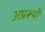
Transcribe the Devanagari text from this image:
अप्ररूपी